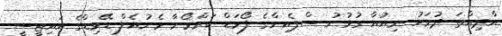
އާދިއްތަ ދުވަހު ނިއުއާ ގުޅުނު ސްޕެއިންގެ ފޯވަޑް ކަރްމޯނާ މެނުއެލް ޑޭވިޑްގެ އައިޓީސީ